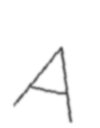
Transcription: A